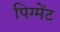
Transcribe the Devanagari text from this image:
पिग्मेंट